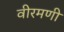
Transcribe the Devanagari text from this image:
वीरमणी